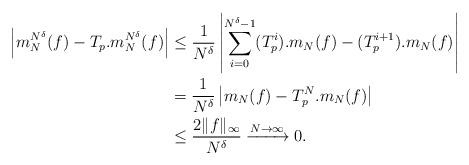
LaTeX: \begin{align*}\left|m_{N}^{N^\delta}(f)-T_{p}.m_{N}^{N^\delta}(f) \right| &\leq \frac{1}{N^\delta}\left|\sum_{i=0}^{N^\delta-1}(T_{p}^{i}).m_{N}(f)-(T_{p}^{i+1}).m_{N}(f) \right| \\ &= \frac{1}{N^\delta}\left|m_{N}(f)-T_{p}^{N}.m_{N}(f) \right|\\ &\leq \frac{2\|f\|_{\infty}}{N^\delta} \xrightarrow{N\to\infty} 0.\end{align*}